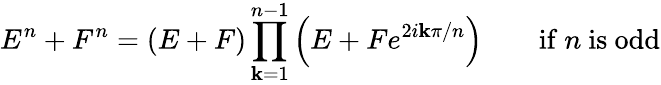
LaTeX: E^{n}+F^{n}=(E+F)\prod_{\mathbf{k}=1}^{n-1}\left(E+Fe^{2i\mathbf{k}\pi/n}\right)\qquad{\mathrm{{if~}}}n{\mathrm{{~is~odd}}}